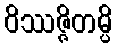
ဝိဿဇ္ဇိတမ္ပိ